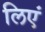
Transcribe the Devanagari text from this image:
लिएं